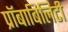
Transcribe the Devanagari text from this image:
प्रॉबाबिलिटी